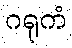
ဂရုကံ